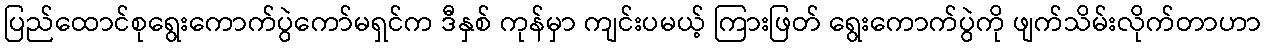
ပြည်ထောင်စုရွေးကောက်ပွဲကော်မရှင်က ဒီနှစ် ကုန်မှာ ကျင်းပမယ့် ကြားဖြတ် ရွေးကောက်ပွဲကို ဖျက်သိမ်းလိုက်တာဟာ